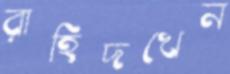
রাহিদখেন